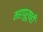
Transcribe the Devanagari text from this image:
महापुरूषही